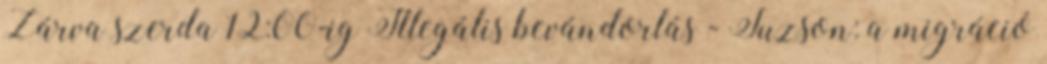
Zárva szerda 12:00-ig Illegális bevándorlás - Tuzson: a migráció